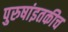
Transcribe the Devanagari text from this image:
पुरुषांइतकीच